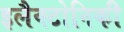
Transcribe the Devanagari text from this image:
इलैक्टोनिकी